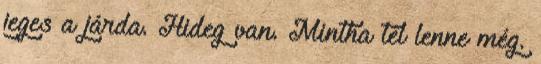
jeges a járda. Hideg van. Mintha tél lenne még.